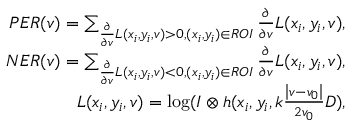
\begin{array} { r } { P E R ( v ) = \sum _ { \frac { \partial } { \partial v } L ( x _ { i } , y _ { i } , v ) > 0 , ( x _ { i } , y _ { i } ) \in R O I } \frac { \partial } { \partial v } L ( x _ { i } , y _ { i } , v ) , } \\ { N E R ( v ) = \sum _ { \frac { \partial } { \partial v } L ( x _ { i } , y _ { i } , v ) < 0 , ( x _ { i } , y _ { i } ) \in R O I } \frac { \partial } { \partial v } L ( x _ { i } , y _ { i } , v ) , } \\ { L ( x _ { i } , y _ { i } , v ) = \log ( I \otimes h ( x _ { i } , y _ { i } , k \frac { \left| v - v _ { 0 } \right| } { 2 v _ { 0 } } D ) , } \end{array}